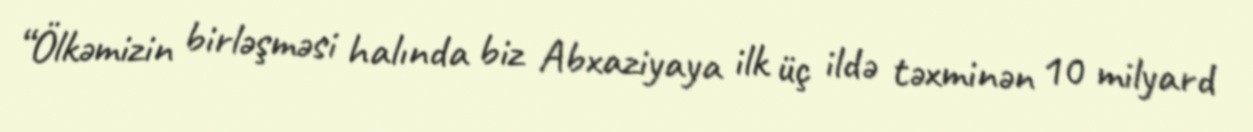
“Ölkəmizin birləşməsi halında biz Abxaziyaya ilk üç ildə təxminən 10 milyard